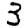
Digit: 3